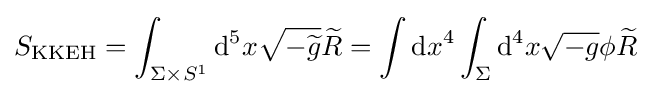
S_{\mathrm {KKEH} }=\int _{\Sigma \times S^{1}}\mathrm {d} ^{5}x{\sqrt {-{\widetilde {g}}}}{\widetilde {R}}=\int \mathrm {d} x^{4}\int _{\Sigma }\mathrm {d} ^{4}x{\sqrt {-g}}\phi {\widetilde {R}}